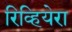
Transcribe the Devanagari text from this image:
रिव्हियेरा